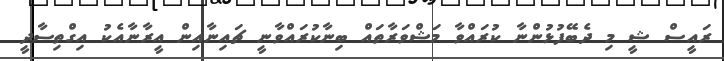
ރައީސް ޝީ މި ދެބޭފުޅުންނާ ކުރައްވާ މަޝްވަރާތައް ބިނާކުރައްވާނީ ޗައިނާއިން އީރާނާއެކު އިގްތިސާދީ